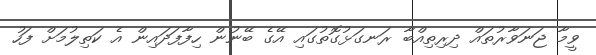
ވީމާ ޖަނަވާރުތައް ދިރިތިއްބާ ރަނގަޅުގޮތުގައި އޭގެ ބޭނުން ހިފާފަދައިން އެ ކަތިލުމަށް ފަހު